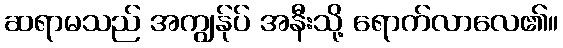
ဆရာမသည် အကျွန်ုပ် အနီးသို့ ရောက်လာလေ၏။